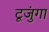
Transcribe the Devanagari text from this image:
टूजुंगा